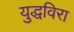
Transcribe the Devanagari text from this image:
युद्धविरा